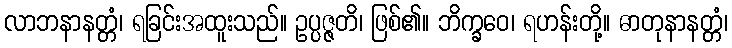
လာဘနာနတ္တံ၊ ရခြင်းအထူးသည်။ ဥပ္ပဇ္ဇတိ၊ ဖြစ်၏။ ဘိက္ခဝေ၊ ရဟန်းတို့။ ဓာတုနာနတ္တံ၊